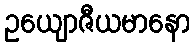
ဥယျောဇီယမာနော